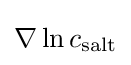
\nabla \ln c_{\text{salt}}